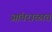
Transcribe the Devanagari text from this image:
आंतराळात